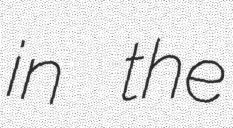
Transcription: in the